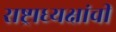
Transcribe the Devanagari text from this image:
राष्ट्राध्यक्षांची